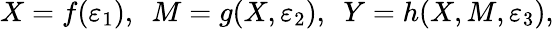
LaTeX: X=f(\varepsilon_{1}),~~M=g(X,\varepsilon_{2}),~~Y=h(X,M,\varepsilon_{3}),